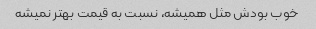
خوب بودش مثل همیشه، نسبت به قیمت بهتر نمیشه